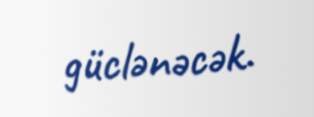
güclənəcək.